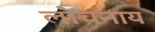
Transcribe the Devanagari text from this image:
लोचनाय